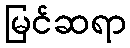
မြင်ဆရာ